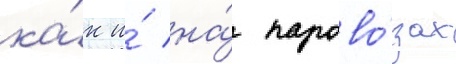
ка́к и́ на́ парово́зах